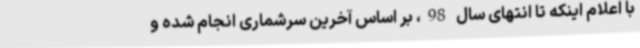
با اعلام اینکه تا انتهای سال 98، بر اساس آخرین سرشماری انجام شده و